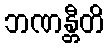
ဘဏန္တီတိ